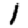
Digit: 1